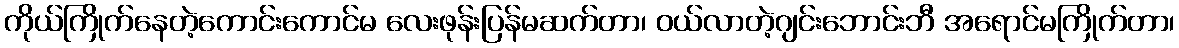
ကိုယ်ကြိုက်နေတဲ့ကောင်းကောင်မ လေးဖုန်းပြန်မဆက်တာ၊ ဝယ်လာတဲ့ဂျင်းဘောင်းဘီ အရောင်မကြိုက်တာ၊